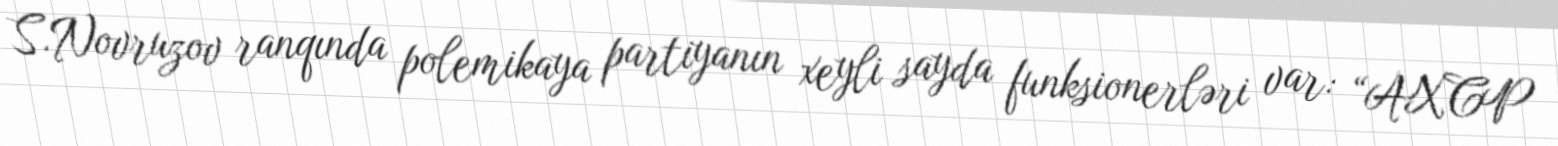
S.Novruzov ranqında polemikaya partiyanın xeyli sayda funksionerləri var: “AXCP